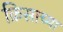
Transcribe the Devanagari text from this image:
क्रिसाच्या